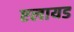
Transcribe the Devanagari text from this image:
एलायड